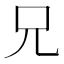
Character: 兄